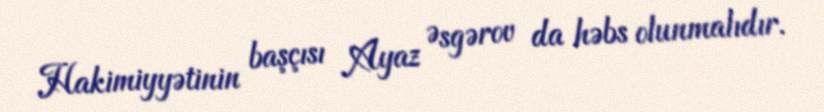
Hakimiyyətinin başçısı Ayaz Əsgərov da həbs olunmalıdır.